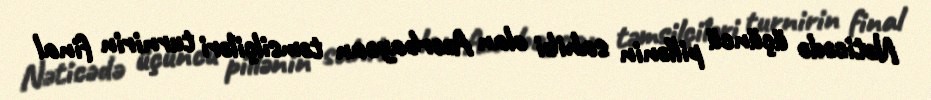
Nəticədə üçüncü pillənin sahibi olan Azərbaycan təmsilçiləri turnirin final